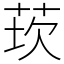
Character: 莰